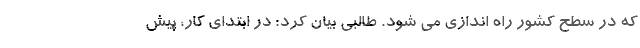
که در سطح کشور راه اندازی می شود. طالبی بیان کرد: در ابتدای کار، پیش